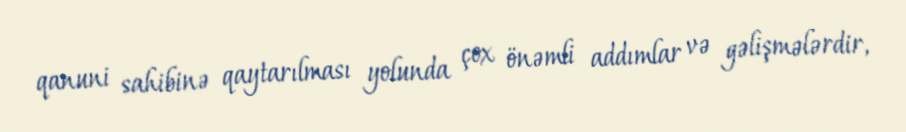
qanuni sahibinə qaytarılması yolunda çox önəmli addımlar və gəlişmələrdir,